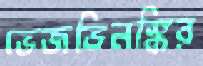
ভেজভিনস্কির